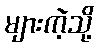
များကဲ့သို့